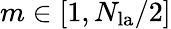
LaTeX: m\in[1,N_{\mathrm{la}}/2]